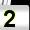
Digit: 2